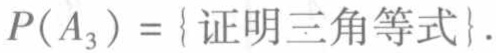
$P(A_{3}) = \{ \text{证明三角等式}\}.$